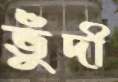
ভুঁদী